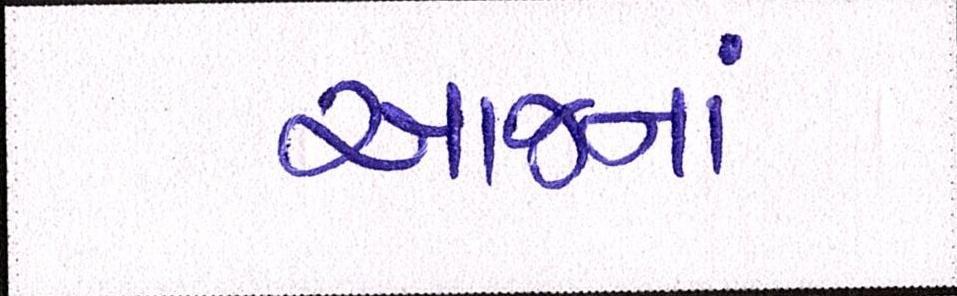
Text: આજનાં